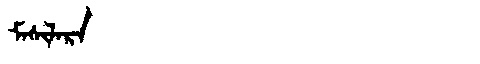
Manchu: ᠮᠠᠰᡳᠯᠠᡵᠠ
Romanization: MASILARA